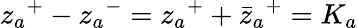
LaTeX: {z_{a}}^{+}-{z_{a}}^{-}={z_{a}}^{+}+{{{\bar{z}}_{a}}}^{+}=K_{a}